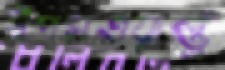
টিপসওয়ার্ল্ভ্র